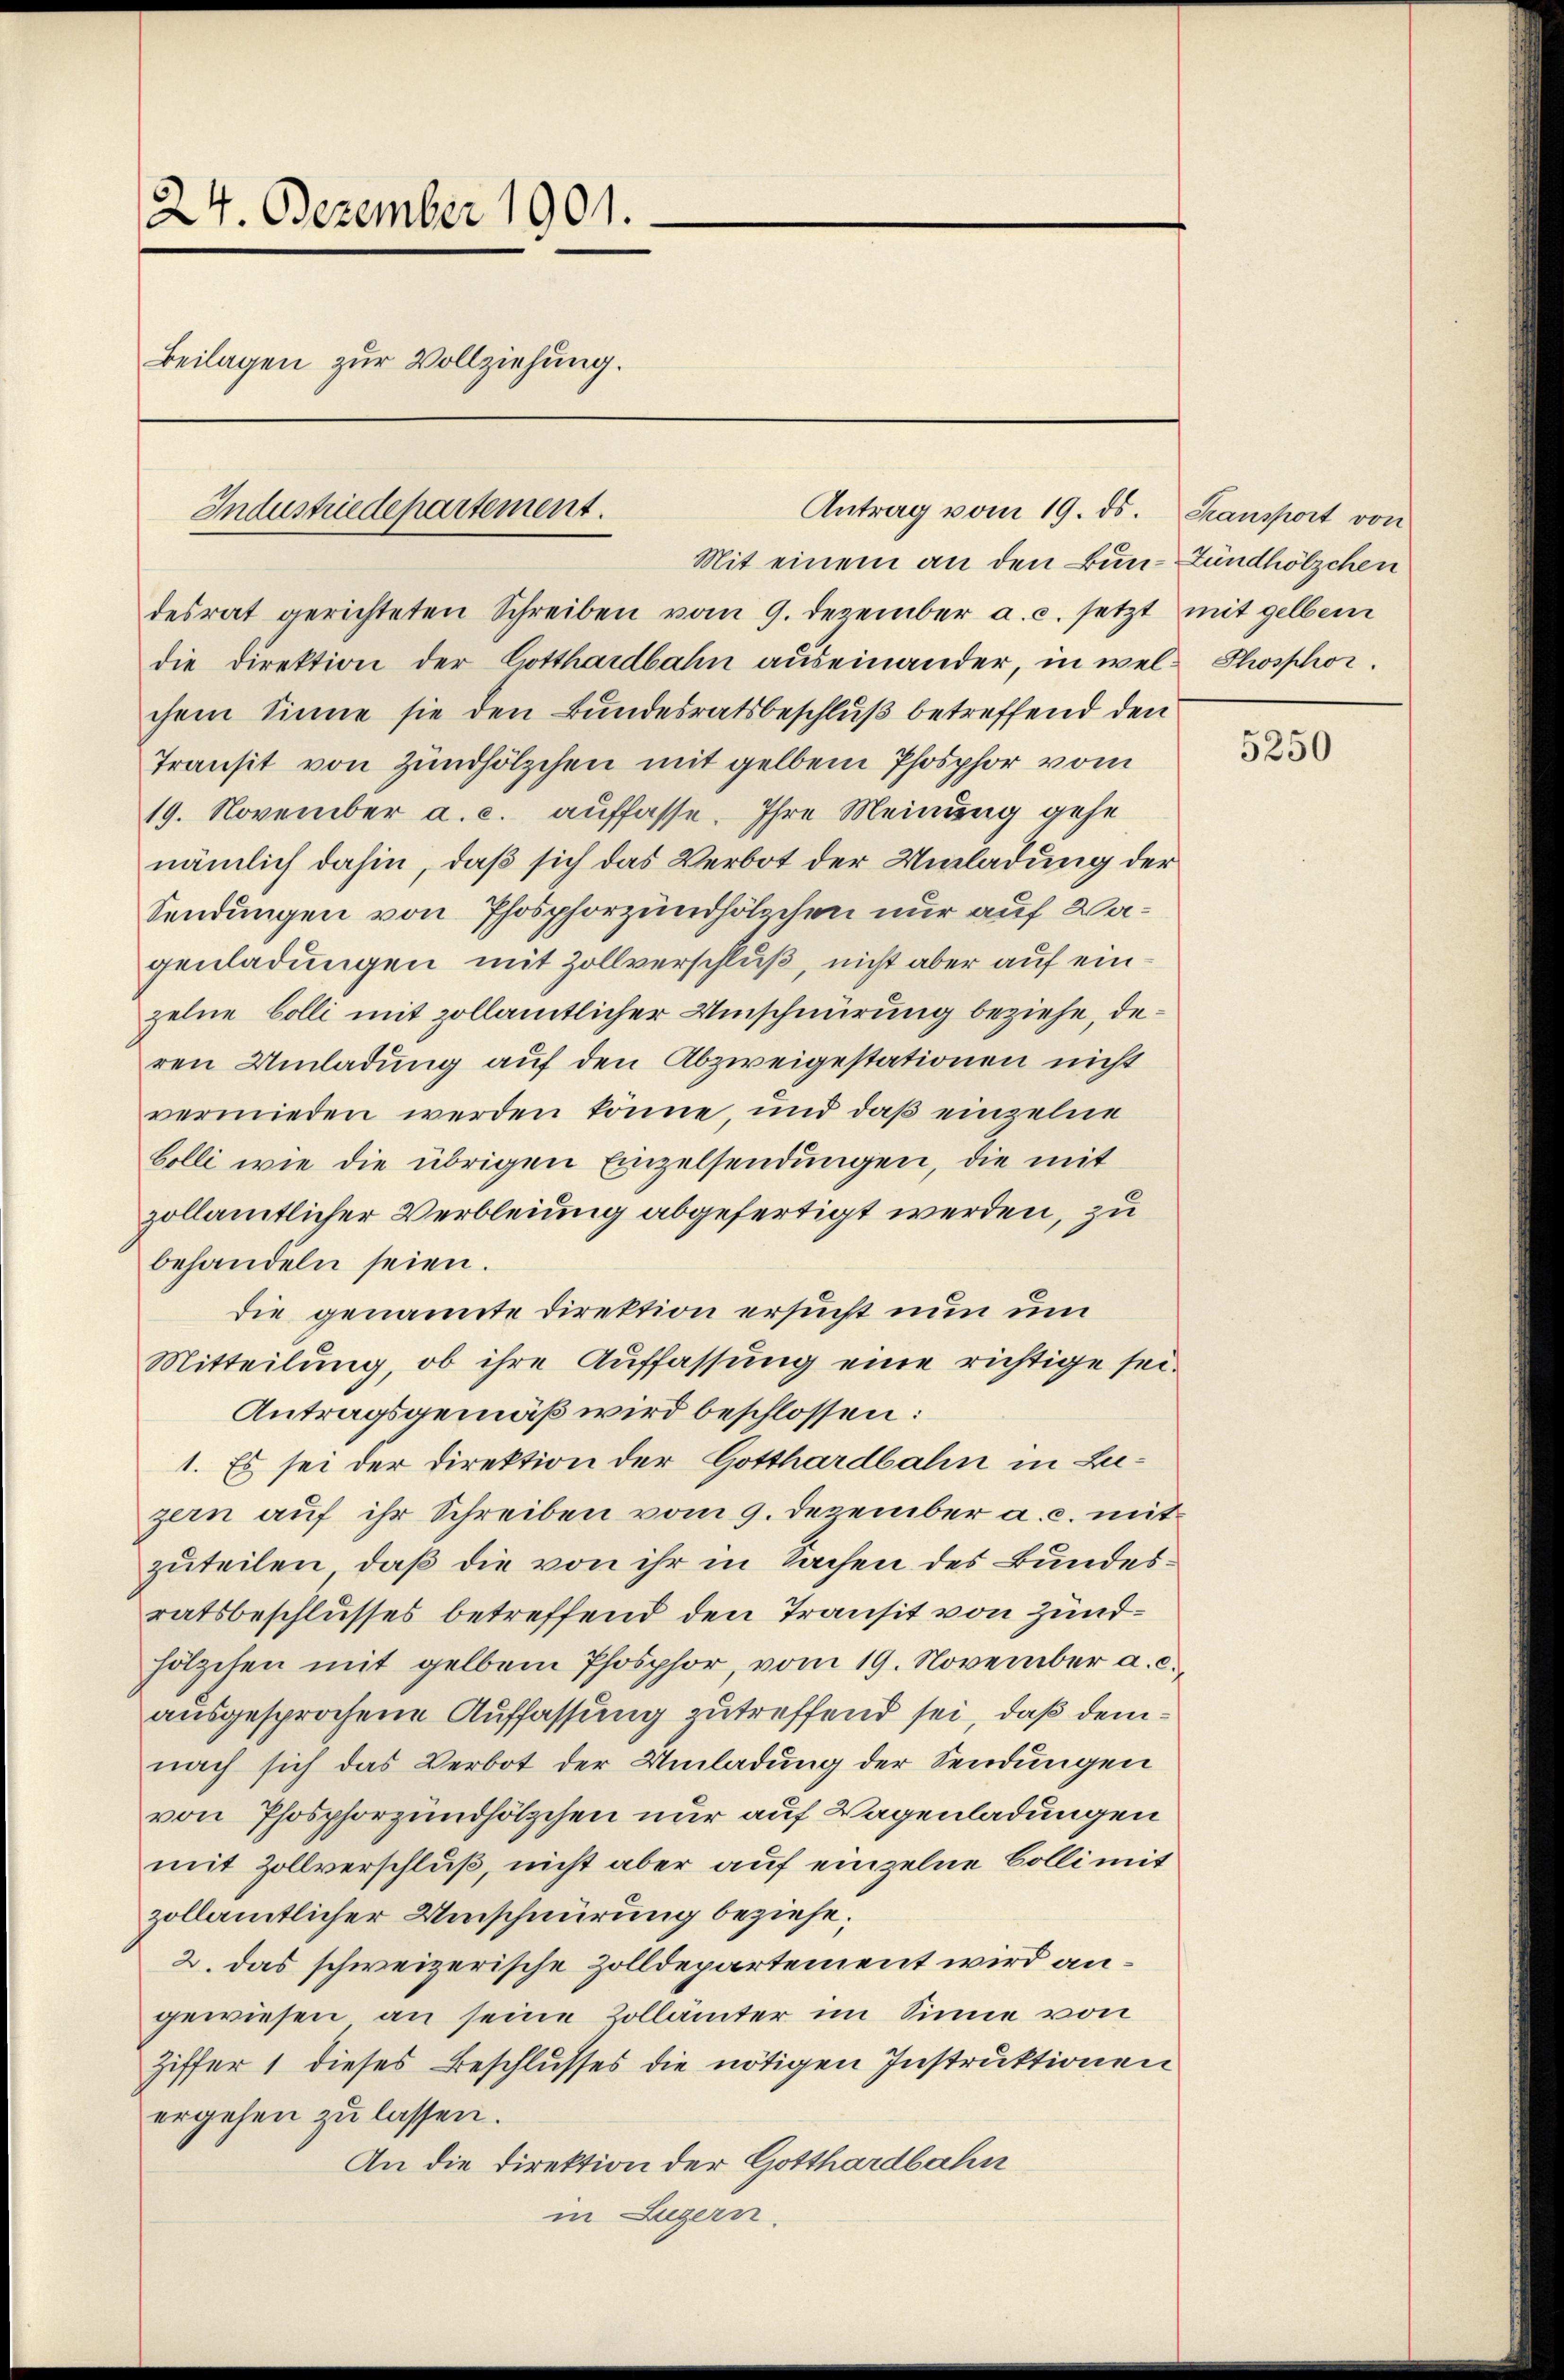
24. Dezember 1901.
Beilagen zur Vollziehung.

Industriedepartement.

Antrag vom 19. ds.

Mit einem an den Bun-Zündhölzchen
desrat gerichteten Schreiben vom 9. Dezember a. c. setzt mit gelben
die Direktion der Gotthardbahn auseinander, in wel- Phosphorchem Sinne sie den Bundesratsbeschluß betreffend den
Transit von Zündhölzchen mit gelben Phosphor vom
19. November a. c. auffasse. Ihre Meinung gehe
nämlich dahin, daß sich das Verbot der Umladung der
Sendungen von Phosphorzundhölzchen nur auf Wagenladungen mit Zollverschluß, nicht aber auf ein
zelne Bolli mit zollamtlicher Umschnürung beziehe, deren Umladung auf den Abzweigestationen nicht
vermieden werden könne, und daß einzelne
bolli wie die übrigen Einzelsendungen, die mit
zollämtlicher Verbleiung abgefertigt werden, zu
behandeln seien.
die genannte Direktion ersucht nun um
Mitteilung, ob ihre Auffassung eine richtige sei¬
Antragsgemäß wird beschlossen:
1. Es sei der Direktion der Gotthardbahn in Luzern auf ihr Schreiben vom 9. Dezember a. c. mit
zuteilen, daß die von ihr in Sachen des Bundesratsbeschlusses betreffend den Transit von Zundhölzchen mit gelben Phosphor, vom 19. November a. c.,
ausgesprochene Auffassung zutreffend sei, daß demnach sich das Verbot der Umladung der Sendungen
von Phosphorzundhölzchen nur auf Wagenladungen
mit Zollverschluß, nicht aber auf einzelne Colli mit
zollamtlicher Umschnürung beziehe;
2. das schweizerische Zolldepartement wird angewiesen an seine Zollämter im Sinne von
Ziffer 1 dieses Beschlusses die nötigen Instruktionen
ergehen zu lassen.
An die Direktion der Gotthardbahn
in Luzern.

Kansport von

5250